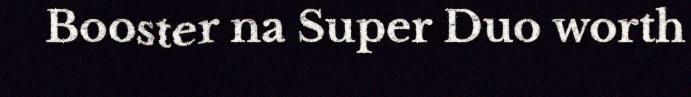
Booster na Super Duo worth